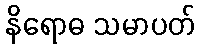
နိရောဓ သမာပတ်